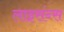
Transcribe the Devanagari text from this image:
लाइसंन्स